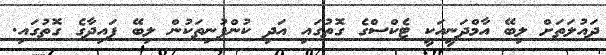
ދައުލަތަށް ލިބޭ އާމްދަނީއަކީ ޓެކްސްގެ ގޮތުގައި އަދި ކުންފުނިތަކުން ލިބޭ ފައިދާގެ ގޮތުގައި.